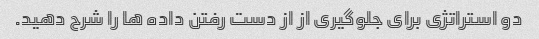
دو استراتژی برای جلوگیری از از دست رفتن داده ها را شرح دهید.